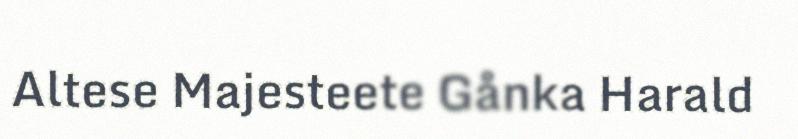
Altese Majesteete Gånka Harald